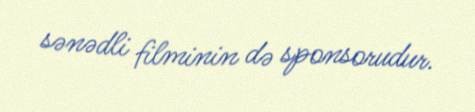
sənədli filminin də sponsorudur.